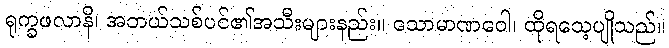
ရုက္ခဖလာနိ၊ အဘယ်သစ်ပင်၏အသီးများနည်း။ သောမာဏဝေါ၊ ထိုရသေ့ပျိုသည်။